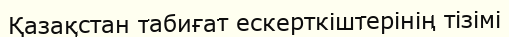
Қазақстан табиғат ескерткіштерінің тізімі